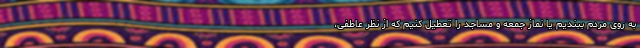
به روی مردم ببندیم یا نماز جمعه و مساجد را تعطیل کنیم که از نظر عاطفی،